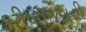
કરીબાજરાની